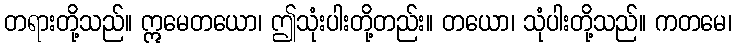
တရားတို့သည်။ ဣမေတယော၊ ဤသုံးပါးတို့တည်း။ တယော၊ သုံပါးတို့သည်။ ကတမေ၊